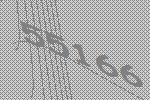
55166